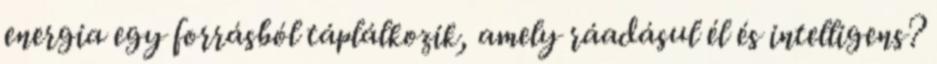
energia egy forrásból táplálkozik, amely ráadásul él és intelligens?